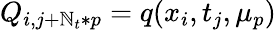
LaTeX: Q_{i,j+\mathbb{N}_{t}*p}=q(x_{i},t_{j},\mu_{p})